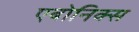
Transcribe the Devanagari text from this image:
एबोनिक्स